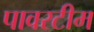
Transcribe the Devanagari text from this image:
पावरटीम